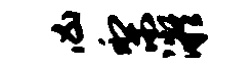
凶梨凝